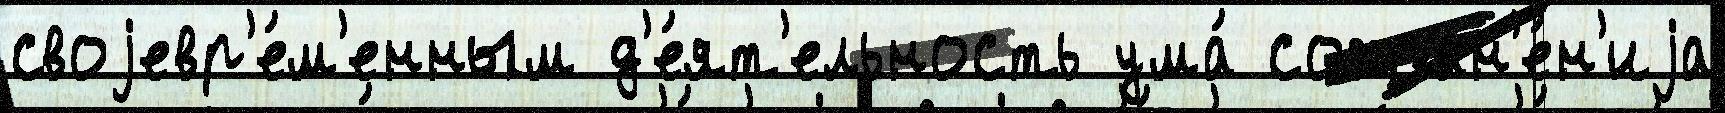
своjевр'е́м'енным д'е́ят'ельность ума́ сохран'е́н'иjа